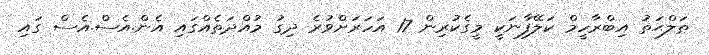
ޠަލްޙަތު އިބްރާހީމް ކަލޭފާނަކީ މީގެކުރިން 17 އަހަރަށްވުރެ ދިގު މުއްދަތެއްގައި އެން.އެސް.އެސް ގައި